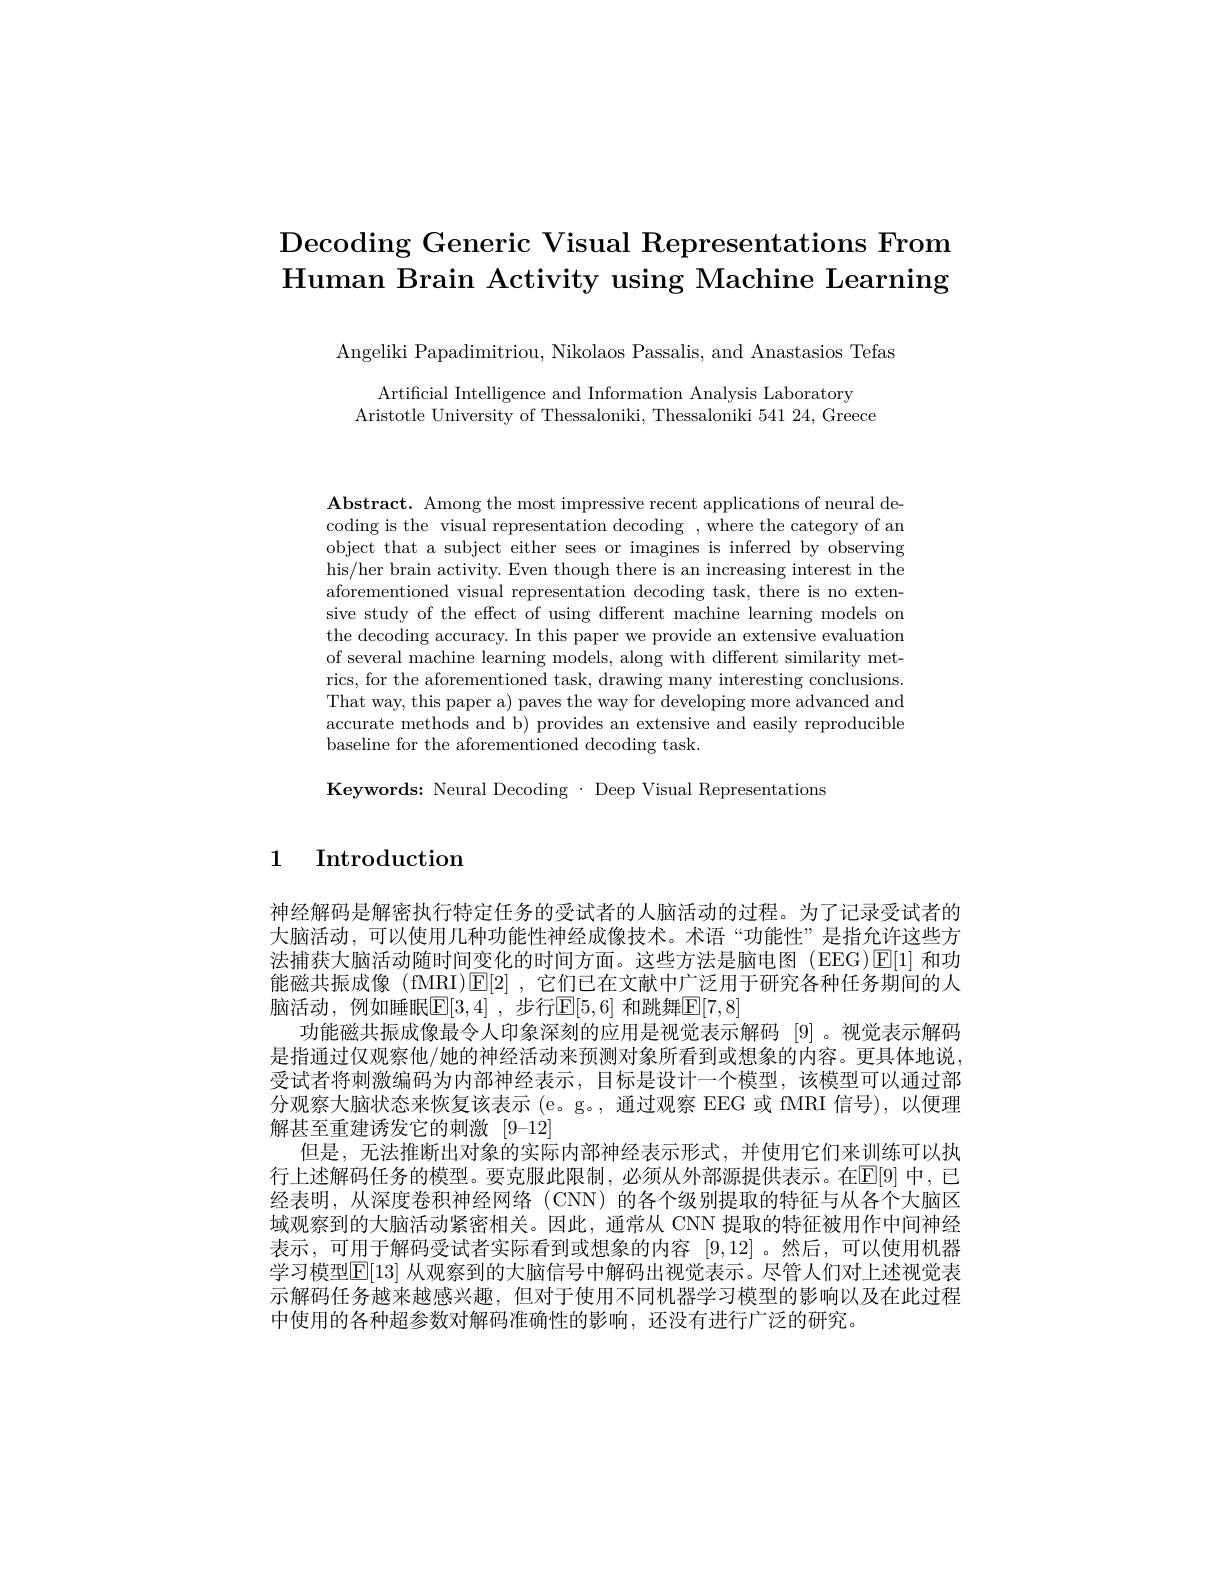
# Decoding Generic Visual Representations From Human Brain Activity using Machine Learning

Angeliki Papadimitriou, Nikolaos Passalis, and Anastasios Tefas

Artificial Intelligence and Information Analysis Laboratory
Aristotle University of Thessaloniki, Thessaloniki 54124, Greece

Abstract. Among the most impressive recent applications of neural decoding is the visual representation decoding , where the category of an object that a subject either sees or imagines is inferred by observing his/her brain activity. Even though there is an increasing interest in the aforementioned visual representation decoding task, there is no extensive study of the effect of using different machine learning models on the decoding accuracy. In this paper we provide an extensive evaluation of several machine learning models, along with different similarity metrics, for the aforementioned task, drawing many interesting conclusions. That way, this paper a) paves the way for developing more advanced and accurate methods and b) provides an extensive and easily reproducible baseline for the aforementioned decoding task.

Keywords: Neural Decoding· Deep Visual Representations

1 Introduction

神经解码是解密执行特定任务的受试者的人脑活动的过程。为了记录受试者的大脑活动，可以使用几种功能性神经成像技术。术语“功能性”是指允许这些方法捕获大脑活动随时间变化的时间方面。这些方法是脑电图(EEG)E[1] 和功能磁共振成像 (fMRI)$\operatorname{E}[2]$,它们已在文献中广泛用于研究各种任务期间的人脑活动，例如睡眠E[3,4],步行E[5,6]和跳舞E[7,8]
功能磁共振成像最令人印象深刻的应用是视觉表示解码 [9] 。视觉表示解码是指通过仅观察他/她的神经活动来预测对象所看到或想象的内容。更具体地说， 受试者将刺激编码为内部神经表示，目标是设计一个模型，该模型可以通过部分观察大脑状态来恢复该表示(e。g。, 通过观察 EEG 或 fMRI 信号), 以便理解甚至重建诱发它的刺激[9-12]
但是，无法推断出对象的实际内部神经表示形式，并使用它们来训练可以执行上述解码任务的模型。要克服此限制，必须从外部源提供表示。在$\mathbb{E}[9]$ 中，已经表明，从深度卷积神经网络 (CNN) 的各个级别提取的特征与从各个大脑区域观察到的大脑活动紧密相关。因此，通常从 CNN 提取的特征被用作中间神经表示，可用于解码受试者实际看到或想象的内容[9,12] 。然后，可以使用机器学习模型E[13] 从观察到的大脑信号中解码出视觉表示。尽管人们对上述视觉表示解码任务越来越感兴趣，但对于使用不同机器学习模型的影响以及在此过程中使用的各种超参数对解码准确性的影响，还没有进行广泛的研究。